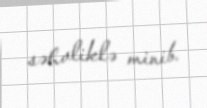
səhvliklə minib.